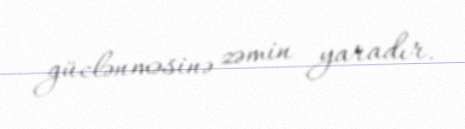
güclənməsinə zəmin yaradır.